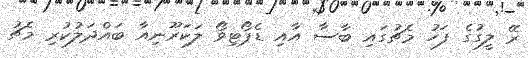
ރޭ ލީގުގެ ފަހު މެޗުގައި ބާސާ އާއި ޑެޕޯޓިވޯ ލަކަރޫނިއާ ބައްދަލުކުރި މެޗު